Report of the Indian Hemp Drugs Commission, 1894-1895 - Volume IV
Year: 1894
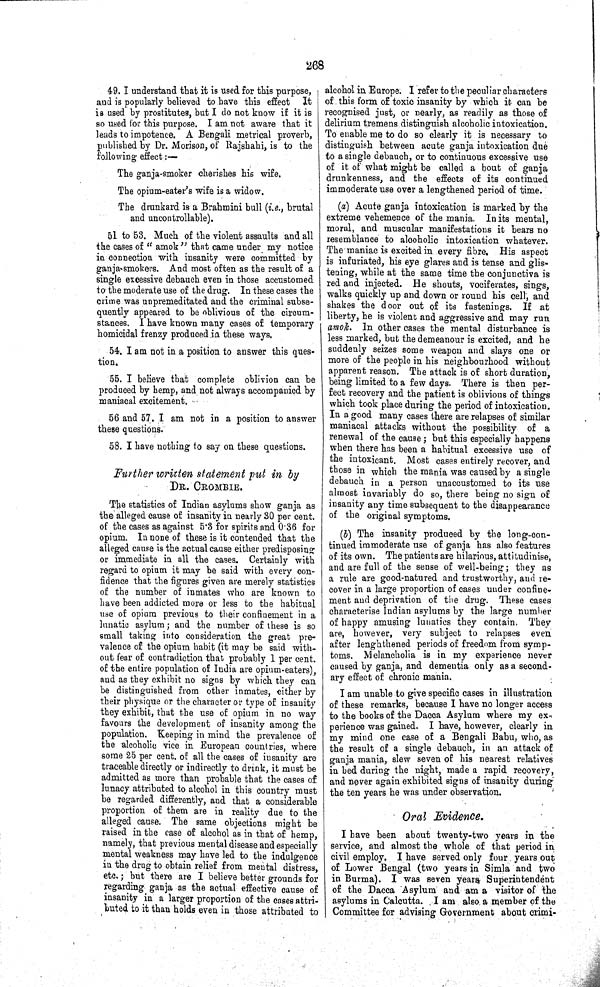
268
49. I understand that it is used for this purpose,
and is popularly believed to have this effect
It
is used by prostitutes, but I do not know if it is
so used for this purpose. I am not aware that it
leads to impotence. A Bengali metrical proverb,
published by Dr. Morison, of Rajshahi, is to the
following effect:—
The ganja-smoker cherishes his wife.
The opium-eater's wife is a widow.
The drunkard is a Brahmini bull (i.e., brutal
and uncontrollable).
51 to 53. Much of the violent assaults and all
the cases of "amok" that came under my notice
in connection with insanity were committed by
ganja-smokers. And most often as the result of a
single excessive debauch even in those accustomed
to the moderate use of the drug. In these cases the
crime was unpremeditated and the criminal subse-
quently appeared to be oblivious of the circum-
stances. I have known many cases of temporary
homicidal frenzy produced in these ways.
54. I am not in a position to answer this ques-
tion.
55. I believe that complete oblivion can be
produced by hemp, and not always accompanied by
maniacal excitement.
56 and 57. I am not in a position to answer
these questions.
58. I have nothing to say on these questions.
Further written statement put in by
DR. CROMBIE.
The statistics of Indian asylums show ganja as
the alleged cause of insanity in nearly 30 per cent.
of the cases as against 5.3 for spirits and 0.36 for
opium. In none of these is it contended that the
alleged cause is the actual cause either predisposing
or immediate in all the cases. Certainly with
regard to opium it may be said with every con-
fidence that the figures given are merely statistics
of the number of inmates who are known to
have been addicted more or less to the habitual
use of opium previous to their confinement in a
lunatic asylum; and the number of these is so
small taking into consideration the great pre-
valence of the opium habit (it may be said with-
out fear of contradiction that probably 1 per cent.
of the entire population of India are opium-eaters),
and as they exhibit no signs by which they can
be distinguished from other inmates, either by
their physique or the character or type of insanity
they exhibit, that the use of opium in no way
favours the development of insanity among the
population. Keeping in mind the prevalence of
the alcoholic vice in European countries, where
some 25 per cent. of all the cases of insanity are
traceable directly or indirectly to drink, it must be
admitted as more than probable that the cases of
lunacy attributed to alcohol in this country must
be regarded differently, and that a considerable
proportion of them are in reality due to the
alleged cause. The same objections might be
raised in the case of alcohol as in that of hemp,
namely, that previous mental disease and especially
mental weakness may have led to the indulgence
in the drug to obtain relief from mental distress,
etc.; but there are I believe better grounds for
regarding ganja as the actual effective cause of
insanity in a larger proportion of the cases attri-
buted to it than holds even in those attributed to
alcohol in Europe. I refer to the peculiar characters
of this form of toxic insanity by which it can be
recognised just, or nearly, as readily as those of
delirium tremens distinguish alcoholic intoxication.
To enable me to do so clearly it is necessary to
distinguish between acute ganja intoxication due
to a single debauch, or to continuous excessive use
of it of what might be called a bout of ganja
drunkenness, and the effects of its continued
immoderate use over a lengthened period of time.
(a) Acute ganja intoxication is marked by the
extreme vehemence of the mania. In its mental,
moral, and muscular manifestations it bears no
resemblance to alcoholic intoxication whatever.
The maniac is excited in every fibre, His aspect
is infuriated, his eye glares and is tense and glis-
tening, while at the same time the conjunctiva is
red and injected. He shouts, vociferates, sings,
walks quickly up and down or round his cell, and
shakes the door out of its fastenings. If at
liberty, he is violent and aggressive and may run
amok. In other cases the mental disturbance is
less marked, but the demeanour is excited, and he
suddenly seizes some weapon and slays one or
more of the people in his neighbourhood without
apparent reason. The attack is of short duration,
being limited to a few days. There is then per-
fect recovery and the patient is oblivious of things
which took place during the period of intoxication.
In a good many cases there are relapses of similar
maniacal attacks without the possibility of a
renewal of the cause; but this especially happens
when there has been a habitual excessive use of
the intoxicant. Most cases entirely recover, and
those in which the mania was caused by a single
debauch in a person unaccustomed to its use
almost invariably do so, there being no sign of
insanity any time subsequent to the disappearance
of the original symptoms.
(b) The insanity produced by the long-con-
tinued immoderate use of ganja has also features
of its own. The patients are hilarious, attitudinise,
and are full of the sense of well-being; they as
a rule are good-natured and trustworthy, and re-
cover in a large proportion of cases under confine-
ment and deprivation of the drug. These cases
characterise Indian asylums by the large number
of happy amusing lunatics they contain. They
are, however, very subject to relapses even
after lenghthened periods of freedom from symp-
toms. Melancholia is in my experience never
caused by ganja, and dementia only as a second-
ary effect of chronic mania.
I am unable to give specific cases in illustration
of these remarks, because I have no longer access
to the books of the Dacca Asylum where my ex-
perience was gained. I have, however, clearly in
my mind one case of a Bengali Babu, who, as
the result of a single debauch, in an attack of
ganja mania, slew seven of his nearest relatives
in bed during the night, made a rapid recovery,
and never again exhibited signs of insanity during
the ten years he was under observation.
Oral Evidence.
I have been about twenty-two years in the
service, and almost the whole of that period in
civil employ. I have served only four years out
of Lower Bengal (two years in Simla and two
in Burma). I was seven years Superintendent
of the Dacca Asylum and am a visitor of the
asylums in Calcutta. I am also a member of the
Committee for advising Government about crimi-